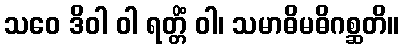
သဝေ ဒိဝါ ဝါ ရတ္တိံ ဝါ၊ သမာဓိမဓိဂစ္ဆတိ။